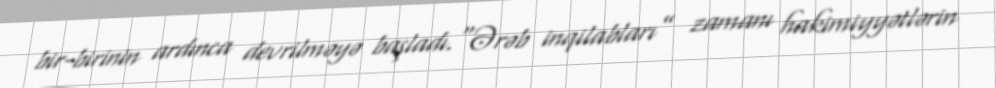
bir-birinin ardınca devrilməyə başladı.“Ərəb inqilabları” zamanı hakimiyyətlərin